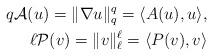
LaTeX: \begin{align*}q\mathcal{A}(u)=\Vert \nabla u\Vert^q_q=\langle A(u) , u\rangle,\\\ell \mathcal{P}(v)=\Vert v\Vert^\ell_{\ell} =\langle P(v) , v\rangle\end{align*}